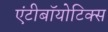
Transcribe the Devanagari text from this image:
एंटीबॉयोटिक्स